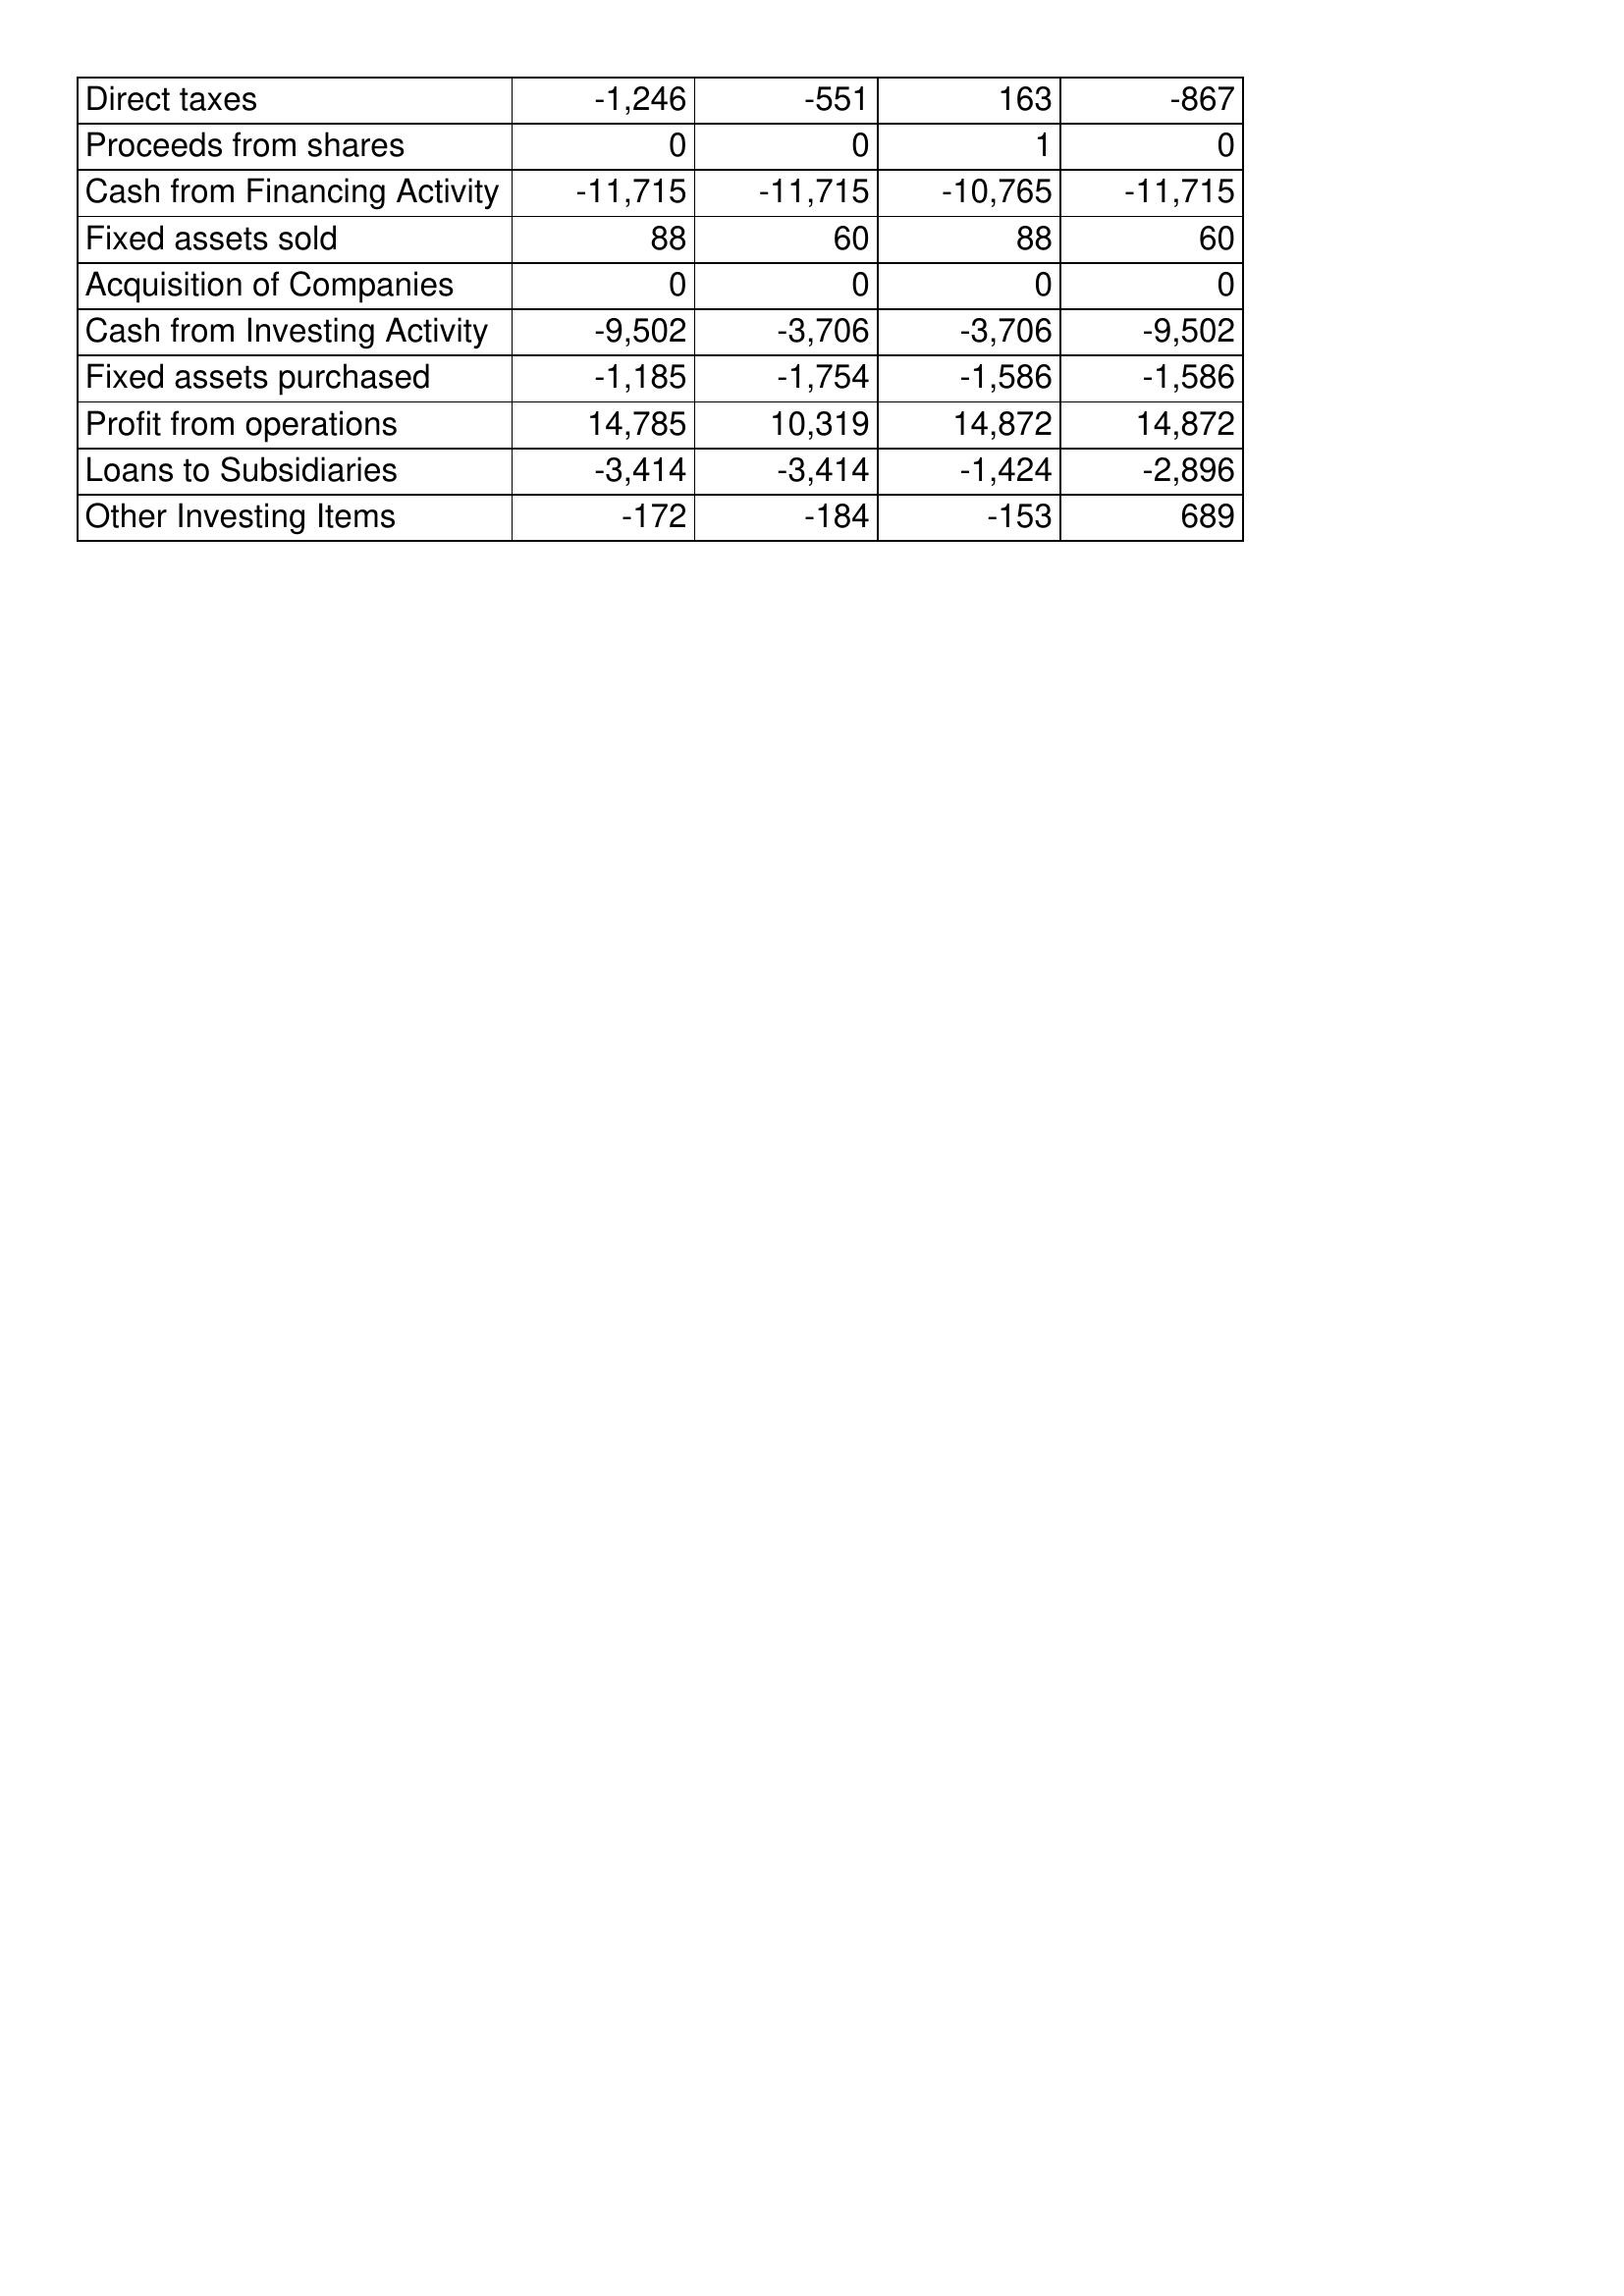
Dec-07: Cash Flows: Direct taxes: -1,246
Proceeds from shares: 0
Cash from Financing Activity: -11,715
Fixed assets sold: 88
Acquisition of Companies: 0
Cash from Investing Activity: -9,502
Fixed assets purchased: -1,185
Profit from operations: 14,785
Loans to Subsidiaries: -3,414
Other Investing Items: -172
Dec-08: Cash Flows: Direct taxes: -551
Proceeds from shares: 0
Cash from Financing Activity: -11,715
Fixed assets sold: 60
Acquisition of Companies: 0
Cash from Investing Activity: -3,706
Fixed assets purchased: -1,754
Profit from operations: 10,319
Loans to Subsidiaries: -3,414
Other Investing Items: -184
Dec-09: Cash Flows: Direct taxes: 163
Proceeds from shares: 1
Cash from Financing Activity: -10,765
Fixed assets sold: 88
Acquisition of Companies: 0
Cash from Investing Activity: -3,706
Fixed assets purchased: -1,586
Profit from operations: 14,872
Loans to Subsidiaries: -1,424
Other Investing Items: -153
Dec-10: Cash Flows: Direct taxes: -867
Proceeds from shares: 0
Cash from Financing Activity: -11,715
Fixed assets sold: 60
Acquisition of Companies: 0
Cash from Investing Activity: -9,502
Fixed assets purchased: -1,586
Profit from operations: 14,872
Loans to Subsidiaries: -2,896
Other Investing Items: 689